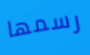
رسمها